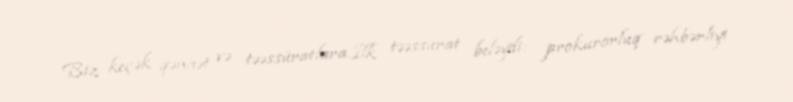
Biz keçək qənaət və təəssüratlara.İlk təəssürat beləydi: prokurorluq rəhbərliyi